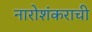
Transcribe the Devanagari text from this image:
नारोशंकराची